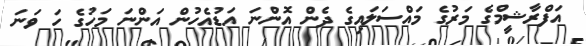
އަފްރާޝީމްގެ މަރުގެ މައްސަލައިގެ ދެން އޮންނަ އަޑުއެހުން އަންނަ މަހުގެ ހަ ވަނަ